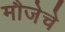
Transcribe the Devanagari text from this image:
मौजेचे